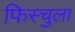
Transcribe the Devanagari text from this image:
फिस्‍चुला